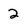
Character: 2